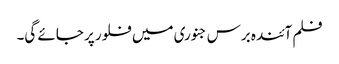
فلم آئندہ برس جنوری میں فلور پر جائے گی۔